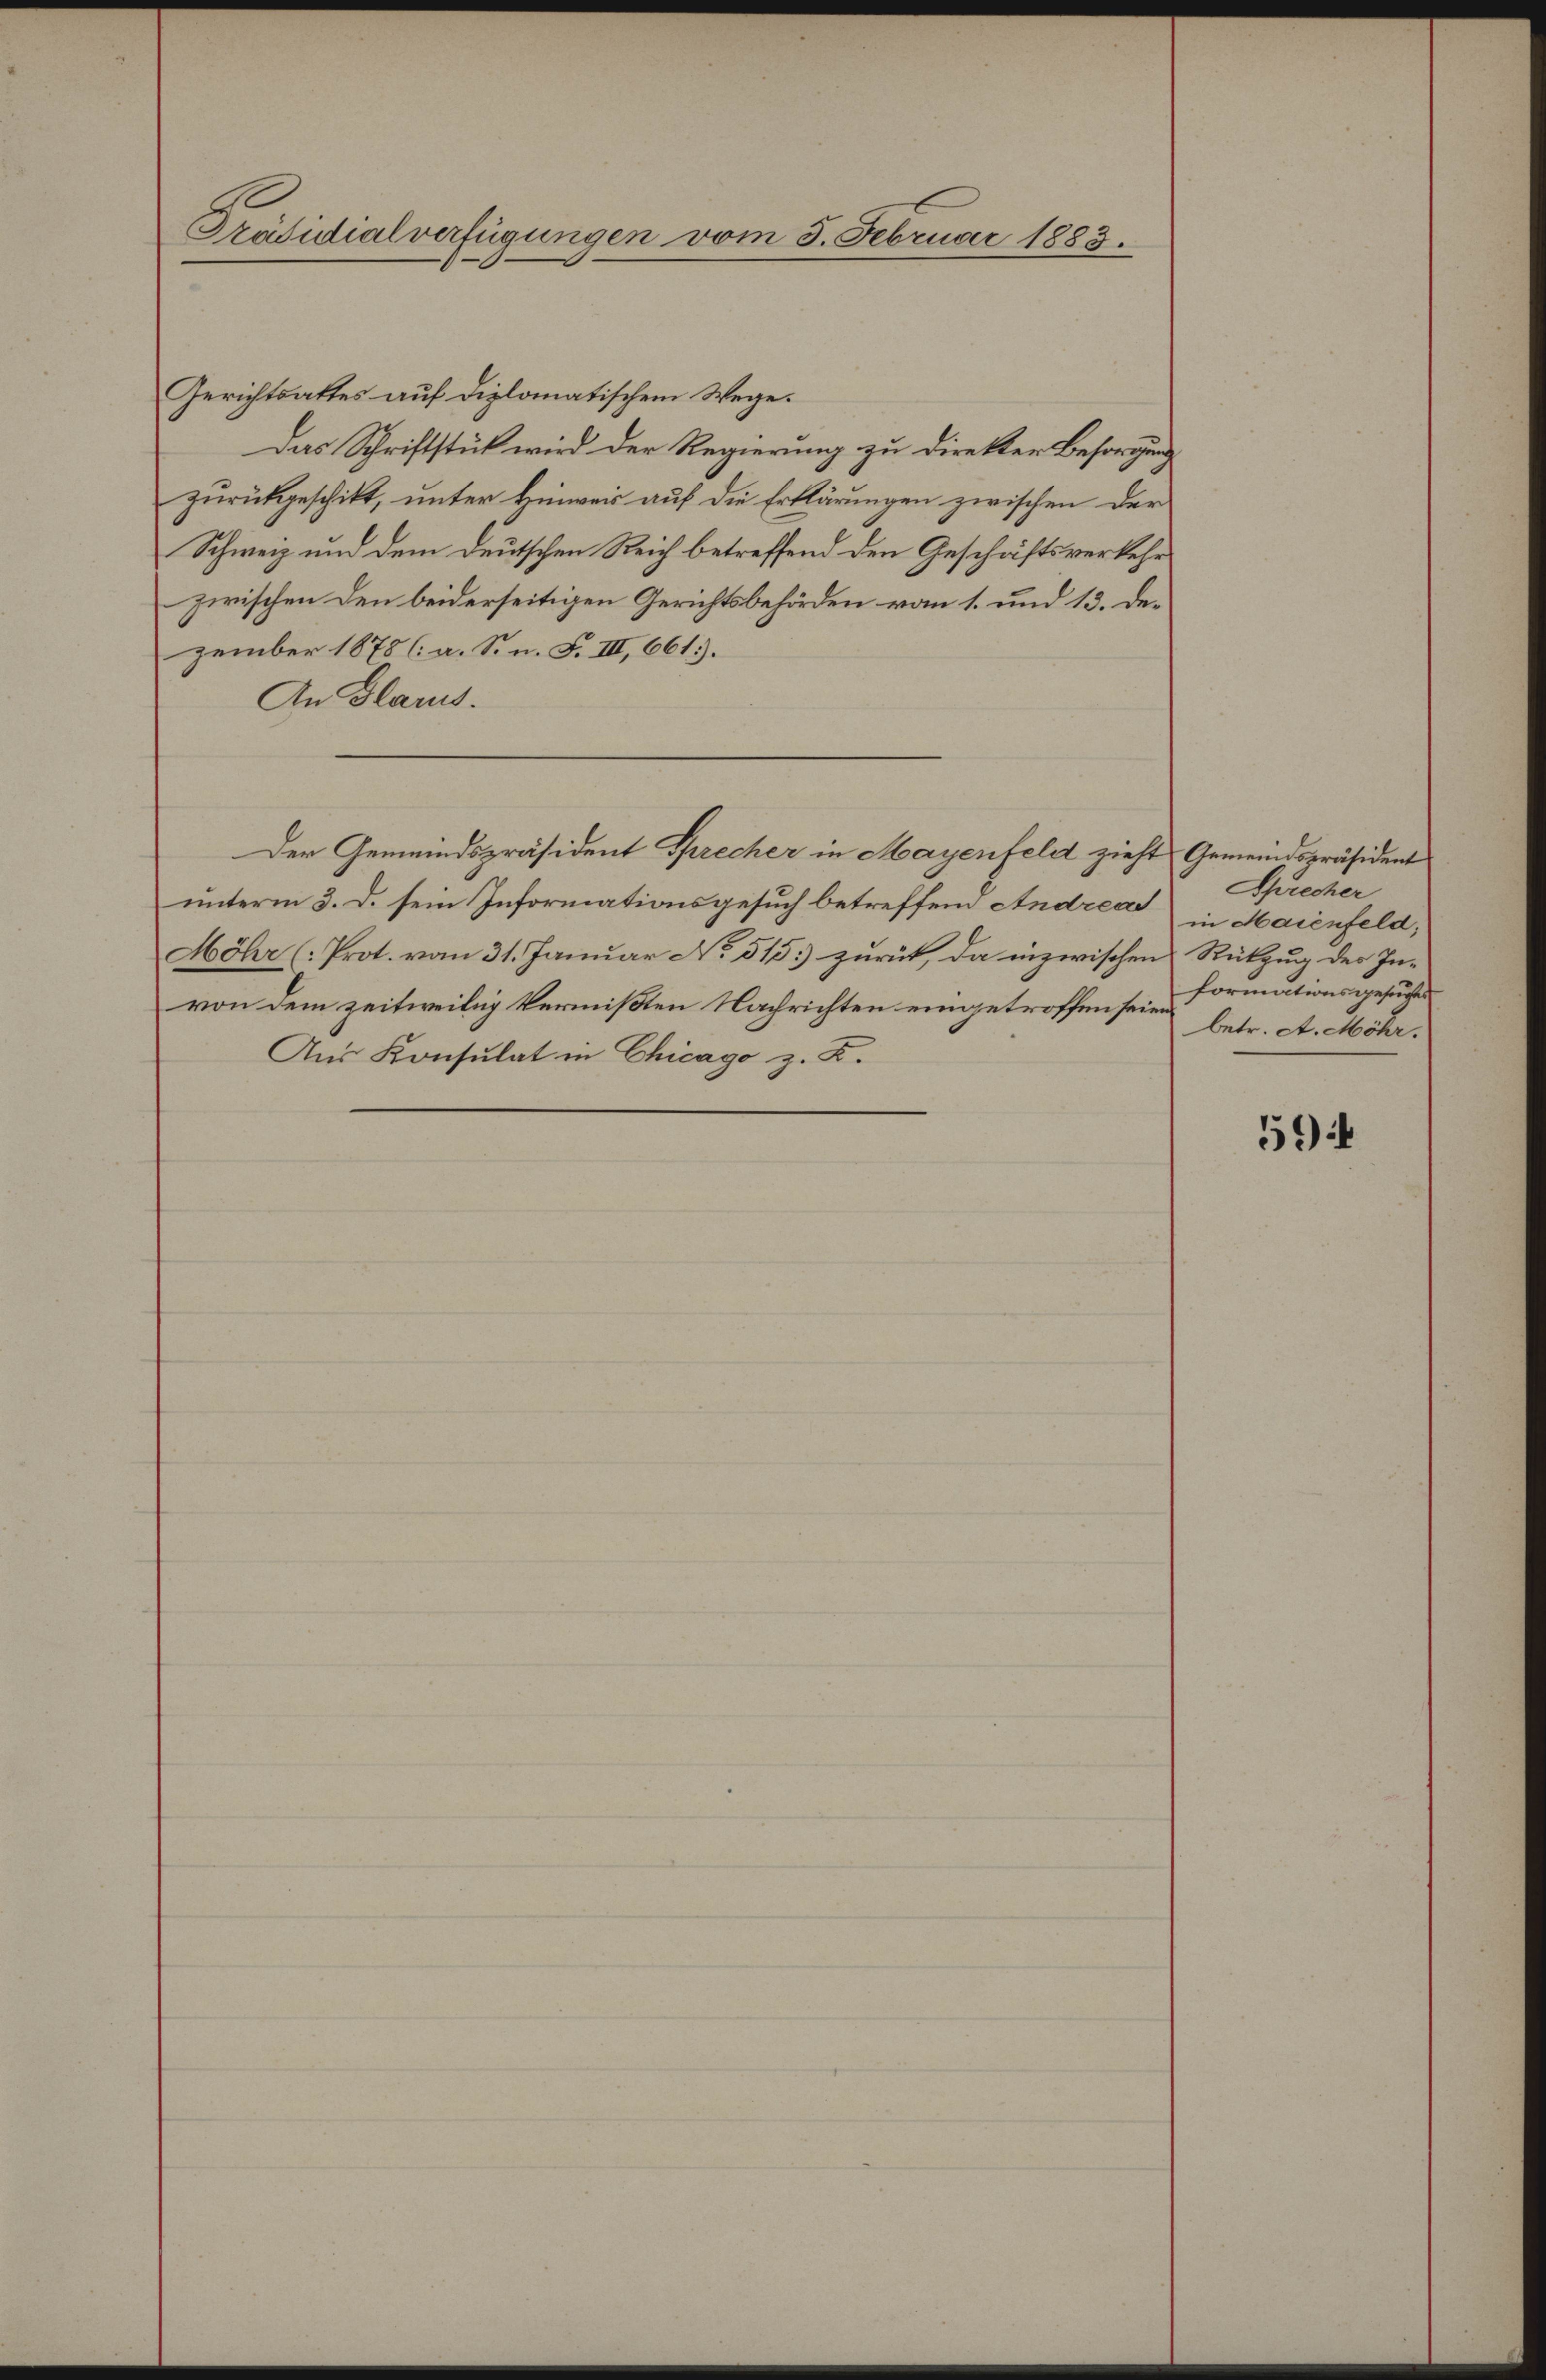
Präsidialverfügungen vom 3. Februar 1883.

Gerichtsattes auf diplomatischem Wege.
Das Schriftstück wird der Regierung zu direkter Besorgung
zŭrückgeschikt, unter Hinweis auf die Erklärungen zwischen der
Schweiz und dem deutschen Reich betreffend den Geschäftsverkehr
zwischen den beiderseitigen Gerichtsbehörden vom 1. und 13. Dezember 1878 (: a. S. n. F. III, 661).
An Glarus.
Der Gemeindspräsident Sprecher in Mayenfeld zieht
unterm 3. d. sein Informationsgesuch betreffend Andreas
Möhr (Prot. vom 31. Januar No 515.) zurück, da inzwischen
von dem zeitweilig vermißten Nachrichten eingetroffen seien
Aus Konsulat in Chicago z. B.

Gemeindspräsident
Sprecher
in Maienfeld,
Rükzug des Informationsgesuches
betr. A. Möhr.

594